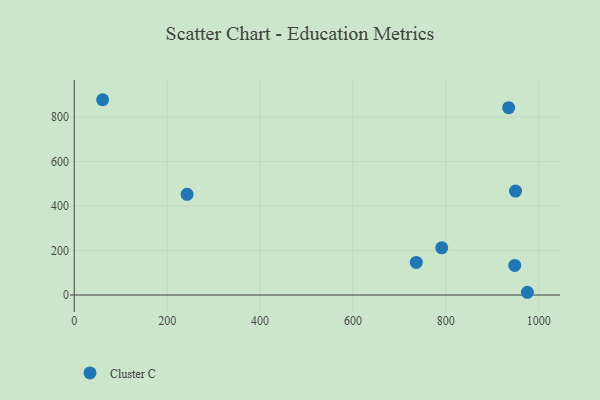
{"axis": {"x": "Study Hours", "y": "Salary"}, "legend": ["Cluster C"], "data": [{"x": "935.4", "y": 842.2, "type": "Cluster C"}, {"x": "791.3", "y": 212.2, "type": "Cluster C"}, {"x": "736.5", "y": 146.8, "type": "Cluster C"}, {"x": "950.2", "y": 467.2, "type": "Cluster C"}, {"x": "948.5", "y": 133.0, "type": "Cluster C"}, {"x": "975.7", "y": 12.4, "type": "Cluster C"}, {"x": "61.1", "y": 878.0, "type": "Cluster C"}, {"x": "243.0", "y": 452.9, "type": "Cluster C"}]}